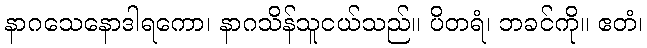
နာဂသေနောဒါရကော၊ နာဂသိန်သူငယ်သည်။ ပိတရံ၊ ဘခင်ကို။ ဧတံ၊